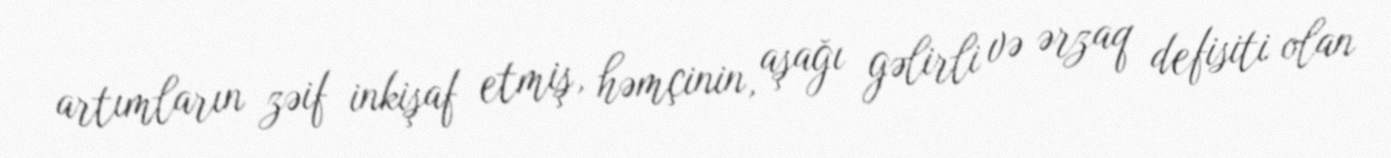
artımların zəif inkişaf etmiş, həmçinin, aşağı gəlirli və ərzaq defisiti olan